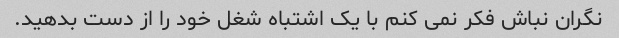
نگران نباش فکر نمی کنم با یک اشتباه شغل خود را از دست بدهید.